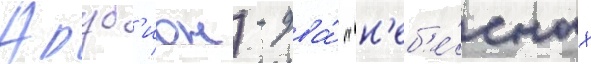
Аруб'ион) - два́ "н'еб'е́сных